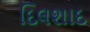
દિલશાદ